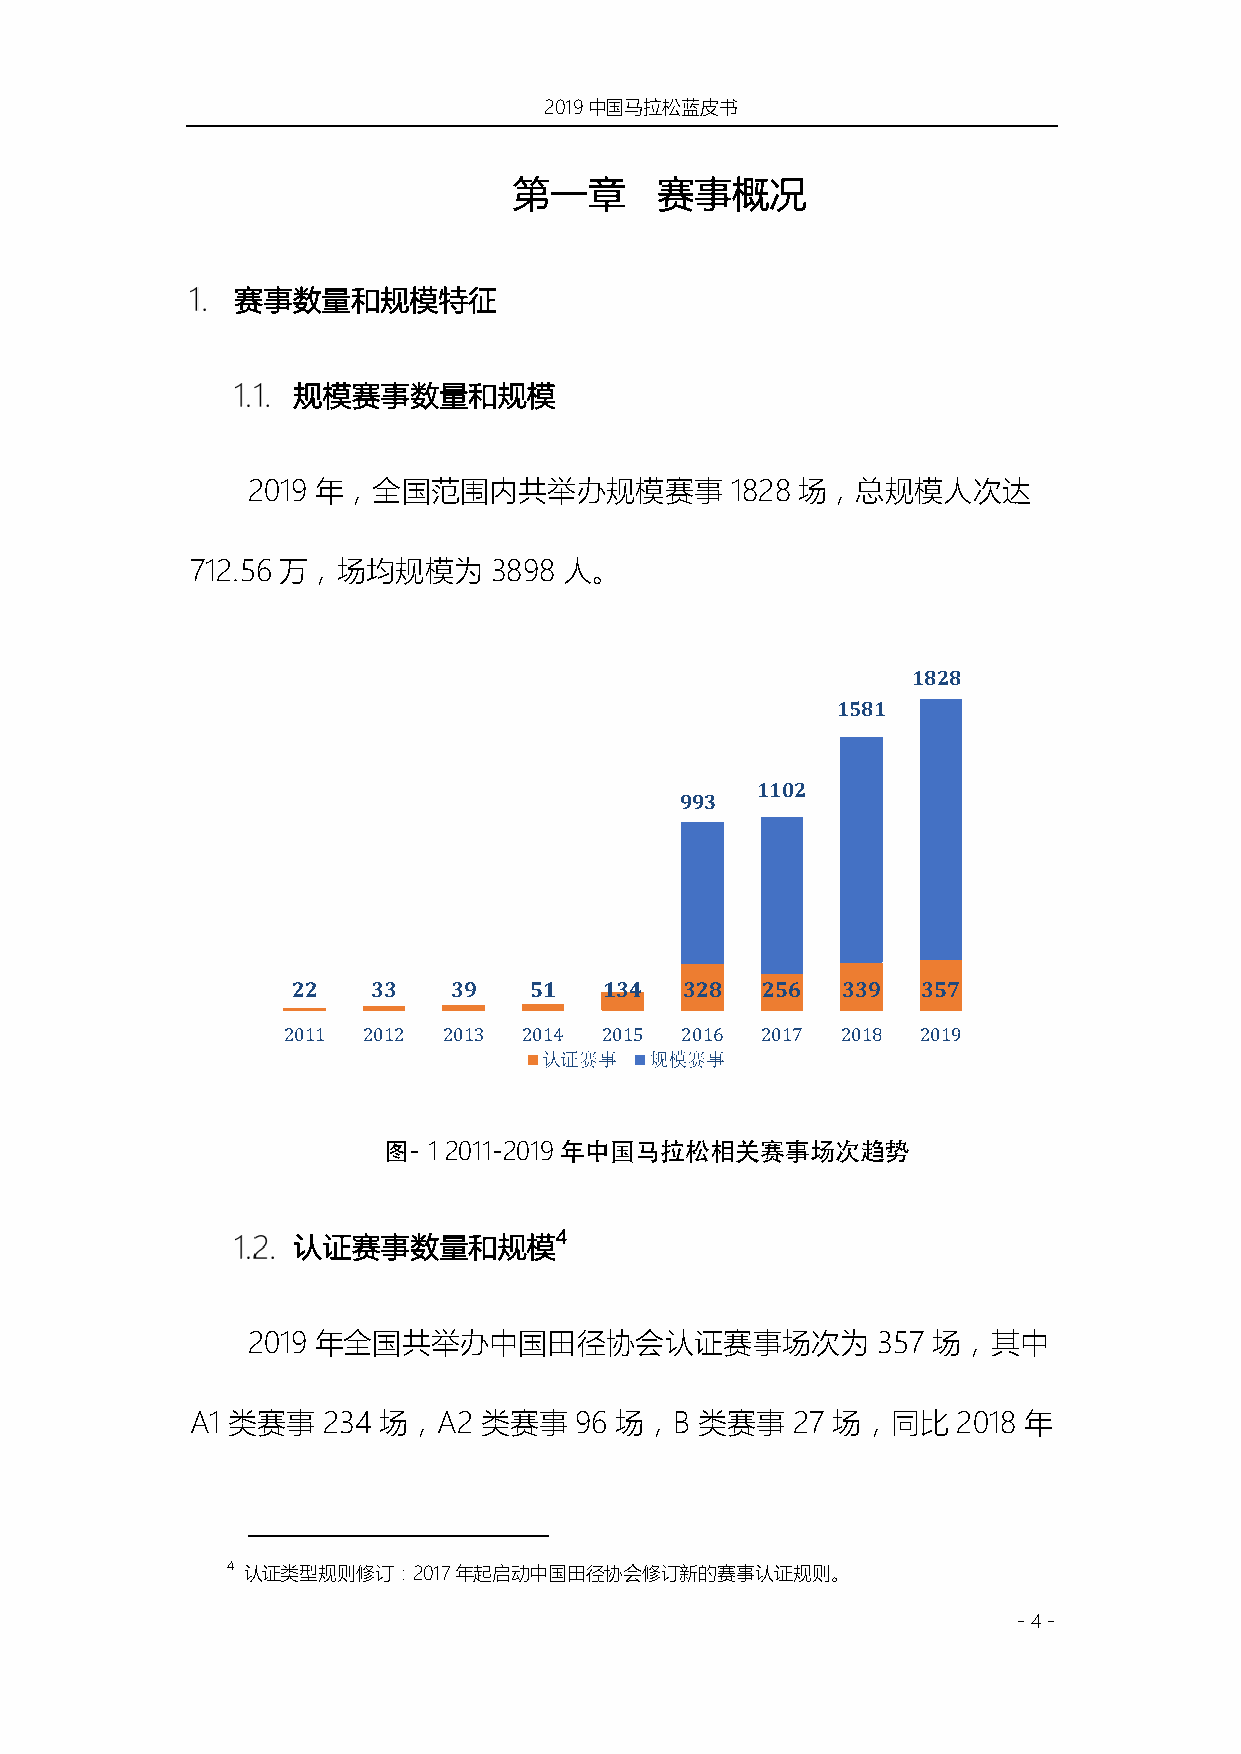
2019中国马拉松蓝皮书
 第一章      赛事概况
 赛事数量和规模特征
 规模赛事数量和规模
 2019 年，全国范围内共举办规模赛事             1828 场，总规模人次达
 712.56 万，场均规模为     3898 人。
 1828
 1581
 1102
 993
 22    33   39   51   134  328  256   339  357
 2011 2012 2013  2014 2015 2016 2017  2018 2019
 认证赛事   规模赛事
 图- 1 2011-2019年中国⻢拉松相关赛事场次趋势
 认证赛事数量和规模4
 2019 年全国共举办中国田径协会认证赛事场次为                  357 场，其中
 A1 类赛事  234 场，A2   类赛事   96 场，B  类赛事   27 场，同比    2018 年
 4 认证类型规则修订：2017年起启动中国田径协会修订新的赛事认证规则。
 - 4 -